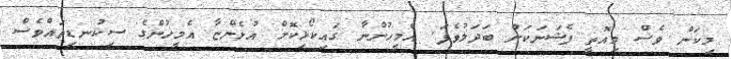
މިކަން ވެސް މިއޮތީ ފެޝަނަކަށް ބަދަލުވެފަ. އެމީހުންނާ ގައިކޯޅިކޮށް އުޅެންޏާ އެމީހުންގެ ސިކުނޑިތައްވެސް